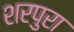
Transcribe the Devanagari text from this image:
शरपुरा